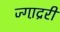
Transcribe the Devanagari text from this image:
ज्गा़द्ररी